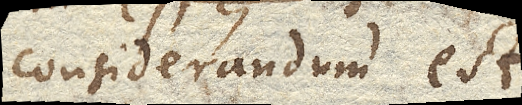
Considerandum est